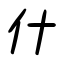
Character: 什